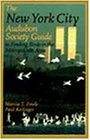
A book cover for The New York City Audubon Society Guide to Finding Birds in the Metropolitan Area (Comstock Book); Marcia T. Fowle; Travel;